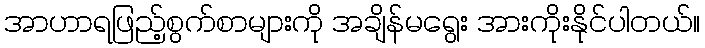
အာဟာရဖြည့်စွက်စာများကို အချိန်မရွေး အားကိုးနိုင်ပါတယ်။